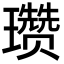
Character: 瓒